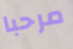
مرحبا